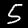
Digit: 5